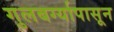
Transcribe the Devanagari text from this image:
गुलबर्ग्यापासून